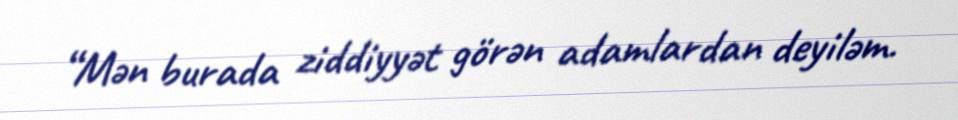
“Mən burada ziddiyyət görən adamlardan deyiləm.